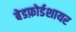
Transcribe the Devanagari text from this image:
बेडफ़ोर्डशायर